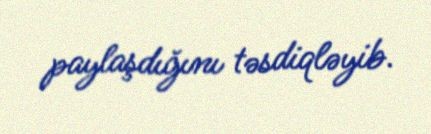
paylaşdığını təsdiqləyib.